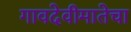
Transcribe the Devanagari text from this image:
गावदेवीमातेचा